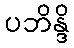
ပဘိန္ဒိ